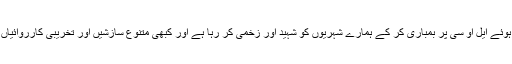
بھارت کبھی خلجان کا شکار ہو کر اور عالمی اصولوں کو پامال کرتے ہُوئے ایل او سی پر بمباری کر کے ہمارے شہریوں کو شہید اور زخمی کر رہا ہے اور کبھی متنوع سازشیں اور تخریبی کارروائیاں کرتے ہُوئے پاکستان کو غیر مستحکم کرنے کی ناکام کوشش کرتا ہے۔